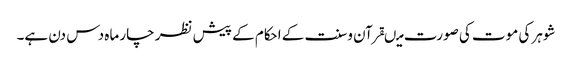
شوہر کی موت کی صورت میںقرآن وسنت کے احکام کے پیش نظر چار ماہ دس دن ہے۔